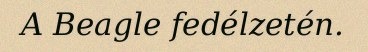
A Beagle fedélzetén.